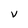
Character: V